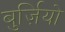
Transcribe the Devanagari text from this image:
बुर्ज़ियो